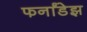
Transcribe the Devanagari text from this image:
फर्नांडेझ